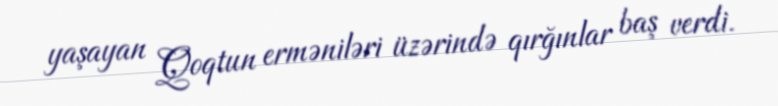
yaşayan Qoqtun erməniləri üzərində qırğınlar baş verdi.